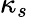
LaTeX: \kappa_{s}